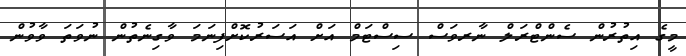
މީގެ އިތުރުން ސެންޓްރަލް ނާރވަސް ސިސްޓަމް އަށް އަސަރުކޮށްފިނަމަ ވާގިނެތުން ނުވަތަ ވާވުން